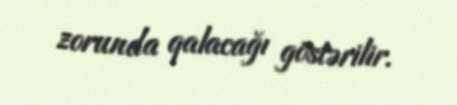
zorunda qalacağı göstərilir.